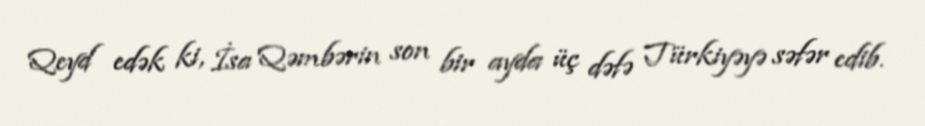
Qeyd edək ki, İsa Qəmbərin son bir ayda üç dəfə Türkiyəyə səfər edib.